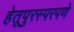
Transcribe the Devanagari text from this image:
हेतूपुरस्परपणे